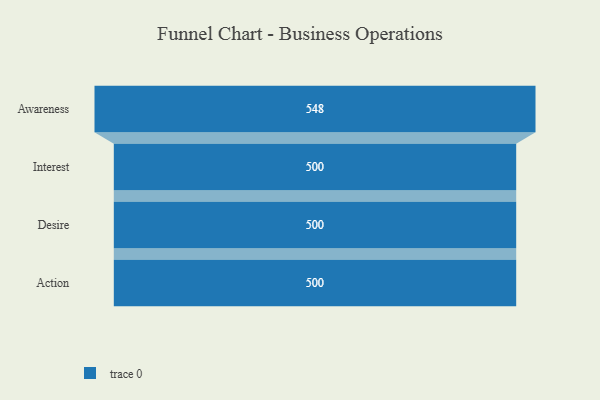
{"axis": {"x": "Stage", "y": "Value"}, "legend": [""], "data": [{"x": "Awareness", "y": 548.0, "type": ""}, {"x": "Interest", "y": 500, "type": ""}, {"x": "Desire", "y": 500, "type": ""}, {"x": "Action", "y": 500, "type": ""}]}